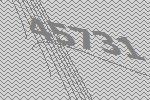
45731